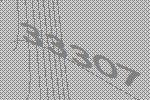
33307